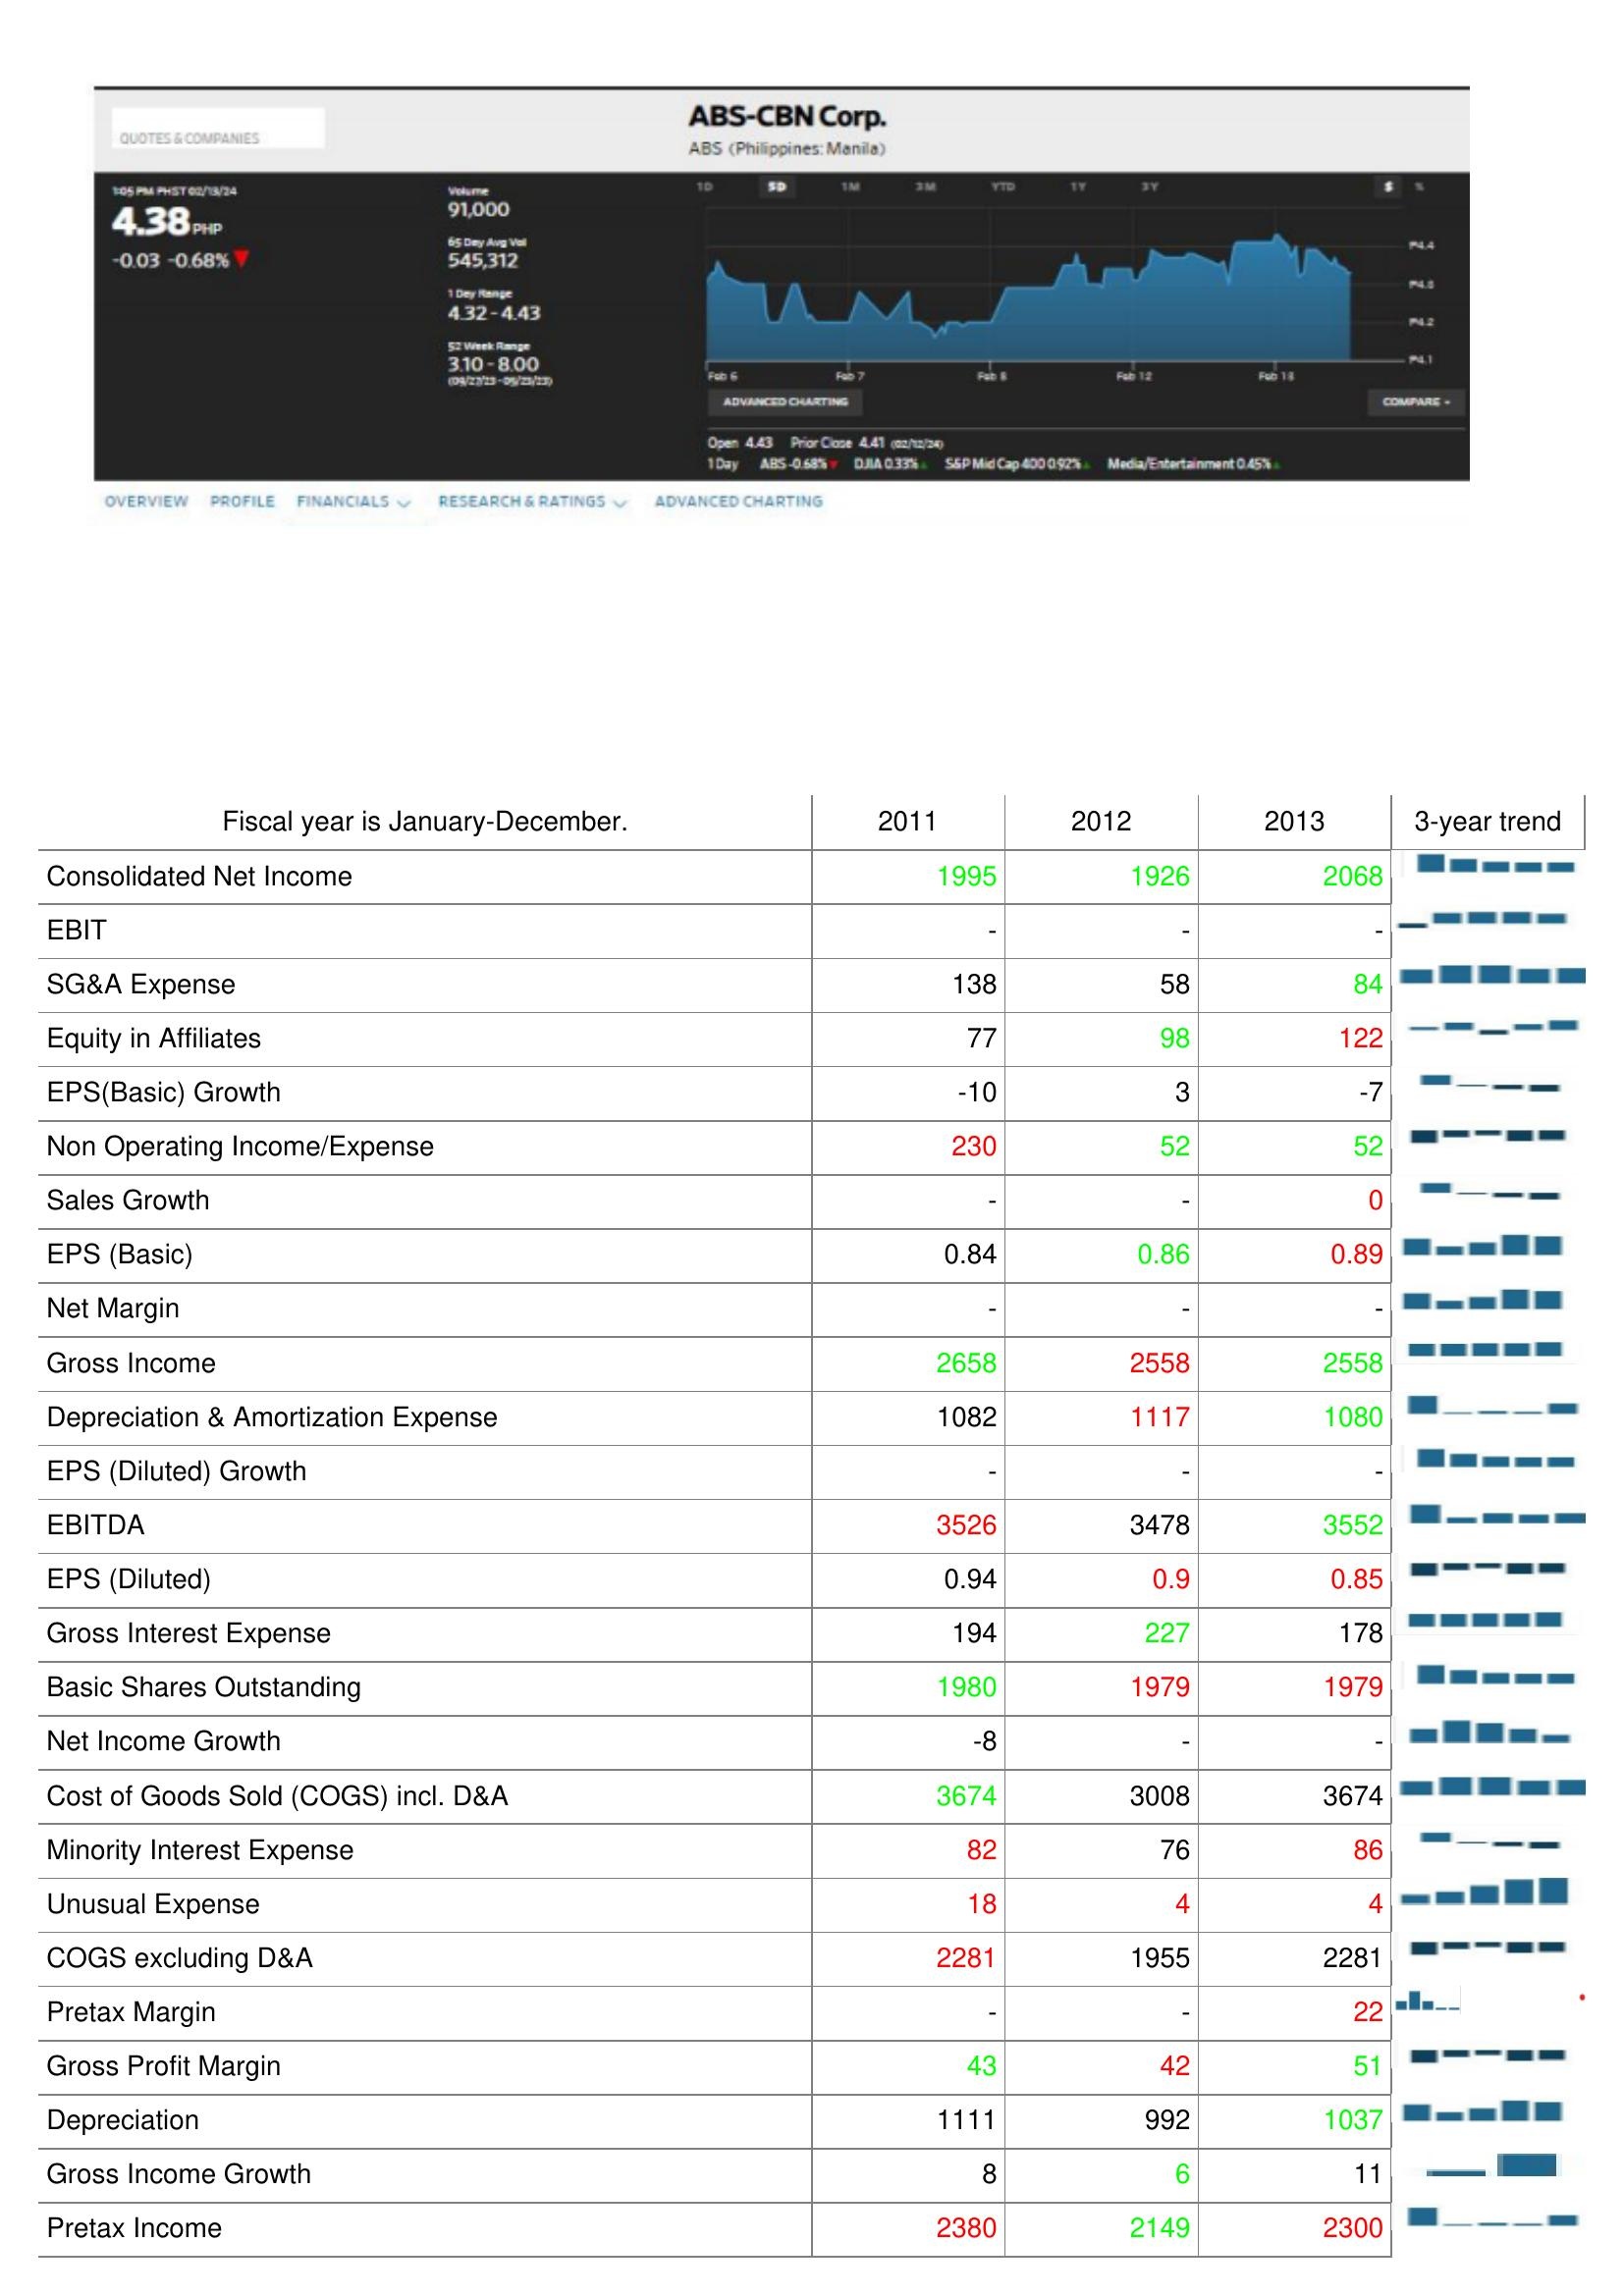
2011: : Consolidated Net Income: 1995
EBIT: -
SG&A Expense: 138
Equity in Affiliates: 77
EPS(Basic) Growth: -10
Non Operating Income/Expense: 230
Sales Growth: -
EPS (Basic): 0.84
Net Margin: -
Gross Income: 2658
Depreciation & Amortization Expense: 1082
EPS (Diluted) Growth: -
EBITDA: 3526
EPS (Diluted): 0.94
Gross Interest Expense: 194
Basic Shares Outstanding: 1980
Net Income Growth: -8
Cost of Goods Sold (COGS) incl. D&A: 3674
Minority Interest Expense: 82
Unusual Expense: 18
COGS excluding D&A: 2281
Pretax Margin: -
Gross Profit Margin: 43
Depreciation: 1111
Gross Income Growth: 8
Pretax Income: 2380
2012: : Consolidated Net Income: 1926
EBIT: -
SG&A Expense: 58
Equity in Affiliates: 98
EPS(Basic) Growth: 3
Non Operating Income/Expense: 52
Sales Growth: -
EPS (Basic): 0.86
Net Margin: -
Gross Income: 2558
Depreciation & Amortization Expense: 1117
EPS (Diluted) Growth: -
EBITDA: 3478
EPS (Diluted): 0.9
Gross Interest Expense: 227
Basic Shares Outstanding: 1979
Net Income Growth: -
Cost of Goods Sold (COGS) incl. D&A: 3008
Minority Interest Expense: 76
Unusual Expense: 4
COGS excluding D&A: 1955
Pretax Margin: -
Gross Profit Margin: 42
Depreciation: 992
Gross Income Growth: 6
Pretax Income: 2149
2013: : Consolidated Net Income: 2068
EBIT: -
SG&A Expense: 84
Equity in Affiliates: 122
EPS(Basic) Growth: -7
Non Operating Income/Expense: 52
Sales Growth: 0
EPS (Basic): 0.89
Net Margin: -
Gross Income: 2558
Depreciation & Amortization Expense: 1080
EPS (Diluted) Growth: -
EBITDA: 3552
EPS (Diluted): 0.85
Gross Interest Expense: 178
Basic Shares Outstanding: 1979
Net Income Growth: -
Cost of Goods Sold (COGS) incl. D&A: 3674
Minority Interest Expense: 86
Unusual Expense: 4
COGS excluding D&A: 2281
Pretax Margin: 22
Gross Profit Margin: 51
Depreciation: 1037
Gross Income Growth: 11
Pretax Income: 2300